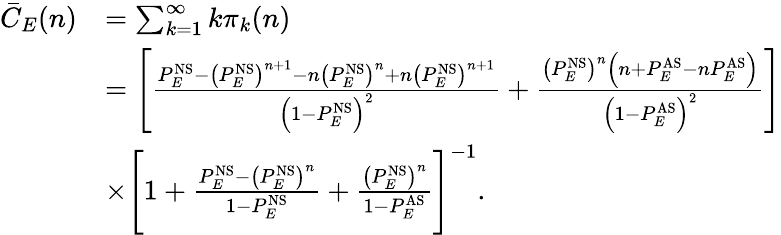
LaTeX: \begin{array}{rl}{\bar{C}_{E}(n)}&{=\sum_{k=1}^{\infty}k\pi_{k}(n)}\\ &{=\left[\frac{P_{E}^{\mathrm{NS}}-\big(P_{E}^{\mathrm{NS}}\big)^{n+1}-n\big(P_{E}^{\mathrm{NS}}\big)^{n}+n\big(P_{E}^{\mathrm{NS}}\big)^{n+1}}{\Big(1-P_{E}^{\mathrm{NS}}\Big)^{2}}+\frac{\big(P_{E}^{\mathrm{NS}}\big)^{n}\Big(n+P_{E}^{\mathrm{AS}}-nP_{E}^{\mathrm{AS}}\Big)}{\Big(1-P_{E}^{\mathrm{AS}}\Big)^{2}}\right]}\\ &{\times\Bigg[1+\frac{P_{E}^{\mathrm{NS}}-\big(P_{E}^{\mathrm{NS}}\big)^{n}}{1-P_{E}^{\mathrm{NS}}}+\frac{\big(P_{E}^{\mathrm{NS}}\big)^{n}}{1-P_{E}^{\mathrm{AS}}}\Bigg]^{-1}.}\end{array}